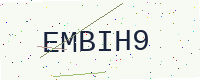
Text: EMBIH9